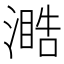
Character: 𣽋